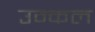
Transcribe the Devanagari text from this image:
उन्कल